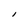
Character: I